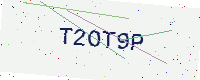
Text: T2OT9P